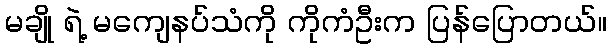
မချို ရဲ့ မကျေနပ်သံကို ကိုကံဦးက ပြန်ပြောတယ်။